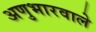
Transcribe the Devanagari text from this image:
अणुभारवाले